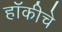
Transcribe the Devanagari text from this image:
हाॅकीचे